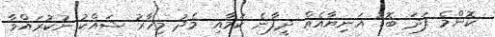
ކޮންމެ ފަދަ ބޮޑު އަނިޔާއެއް ދީފާނެ ކަމާއި މެދު މިހާރު ޝައްކު ނުކުރައްވާ